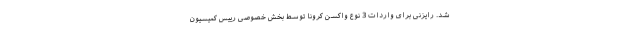
شد. رایزنی برای واردات 3 نوع واکسن کرونا توسط بخش خصوصی رییس کمیسیون